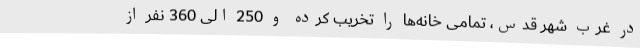
در غرب شهر قدس، تمامی خانه‌ها را تخریب کرده و 250 الی 360 نفر از